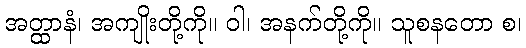
အတ္ထာနံ၊ အကျိုးတို့ကို။ ဝါ၊ အနက်တို့ကို။ သူစနတော စ၊